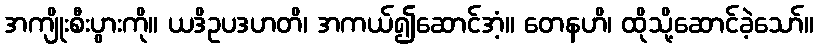
အကျိုးစီးပွားကို။ ယဒိဥပဒဟတိ၊ အကယ်၍ဆောင်အံ့။ တေနဟိ၊ ထိုသို့ဆောင်ခဲ့သော်။